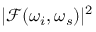
\mathcal { | F } ( \omega _ { i } , \omega _ { s } ) | ^ { 2 }